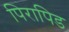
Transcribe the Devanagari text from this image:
पिरापिड